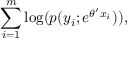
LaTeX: \sum _ { i = 1 } ^ { m } \log ( p ( y _ { i } ; e ^ { \theta ^ { \prime } x _ { i } } ) ) ,